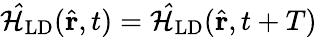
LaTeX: \mathcal{\hat{H}}_{\textrm{LD}}(\hat{\mathbf{r}},t)=\mathcal{\hat{H}}_{\textrm{LD}}(\hat{\mathbf{r}},t+T)